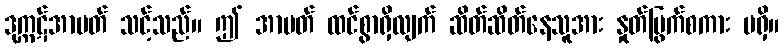
ဒုက္ကဋ်အာပတ် သင့်သည်။ ဤ အာပတ် ထင်စွာရှိလျက် ဆိတ်ဆိတ်နေသူအား နှုတ်မြွက်စကား မရှိ။